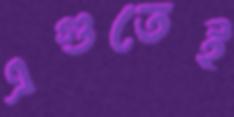
এগুতেই